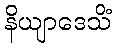
နိယျာဒေသိံ